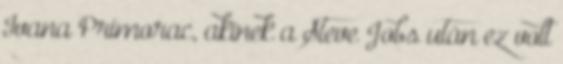
Ivana Primorac, akinek a Steve Jobs után ez volt